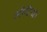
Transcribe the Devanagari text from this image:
मोदिया